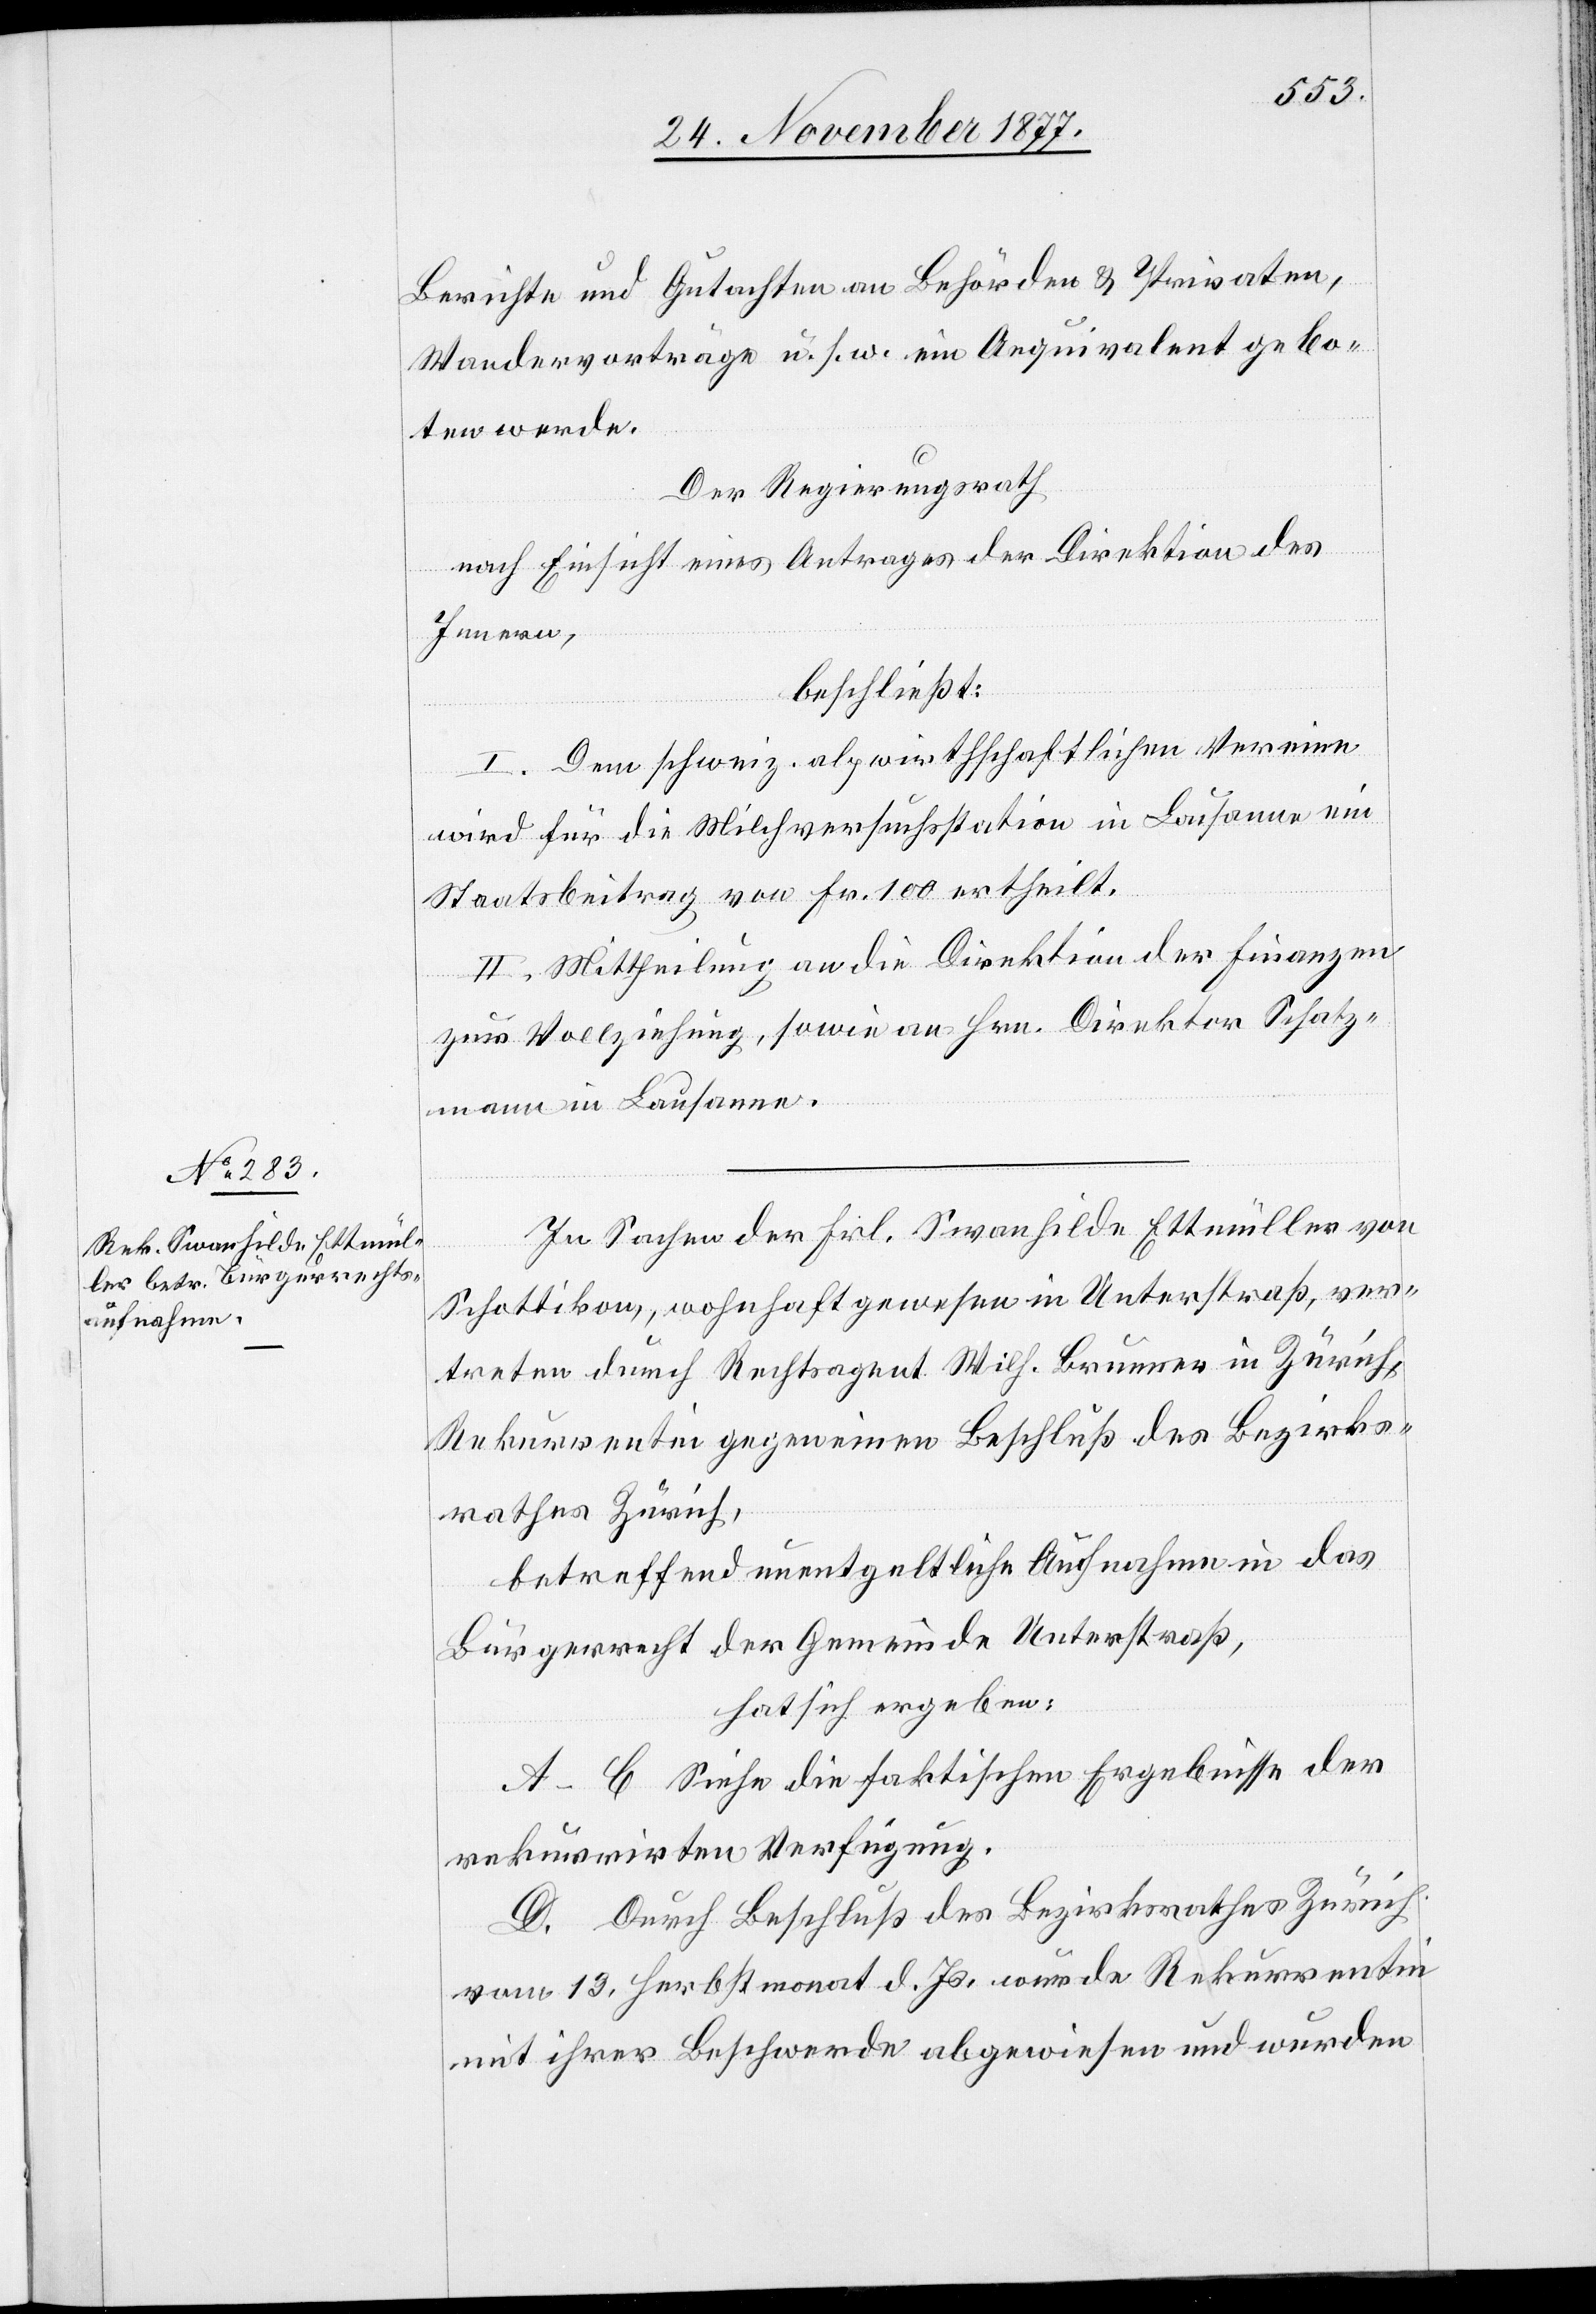
Berichte und Gutachten an Behörden & Privaten,
Wandervorträge u. s. w. ein Aequivalent gebo¬
ten werde.
Der Regierungsrath
nach Einsicht eines Antrages der Direktion des
Innern,
beschließt:
I. Dem schweiz. alpwirthschaftlichen Vereine
wird für die Milchversuchsstation in Lausanne ein
Staatsbeitrag von Fr. 100 ertheilt.
II. Mittheilung an die Direktion der Finanzen
zur Vollziehung, sowie an Hrn. Direktor Schatz¬
mann in Lausanne.
In Sachen des Frl. Swanhilde Ettmüller von
Schottikon, wohnhaft gewesen in Unterstraß, ver¬
treten durch Rechtsagent Wilh. Brunner in Zürich,
Rekurrentin gegen einen Beschluß des Bezirks¬
rathes Zürich,
betreffend unentgeltliche Aufnahme in das
Bürgerrecht der Gemeinde Unterstraß,
hat sich ergeben:
A–C Siehe die faktischen Ergebnisse der
rekurrirten Verfügung.
D. Durch Beschluß des Bezirksrathes Zürich
vom 13. Herbstmonat d. Js. wurde Rekurrentin
mit ihrer Beschwerde abgewiesen und wurden